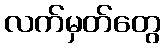
လက်မှတ်တွေ